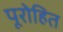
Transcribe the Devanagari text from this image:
पूरोहित